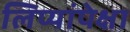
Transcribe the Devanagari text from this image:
लिप्यांपेक्षा